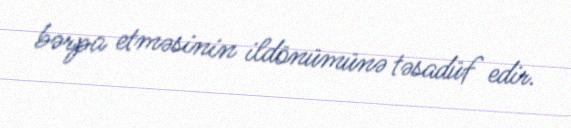
bərpa etməsinin ildönümünə təsadüf edir.